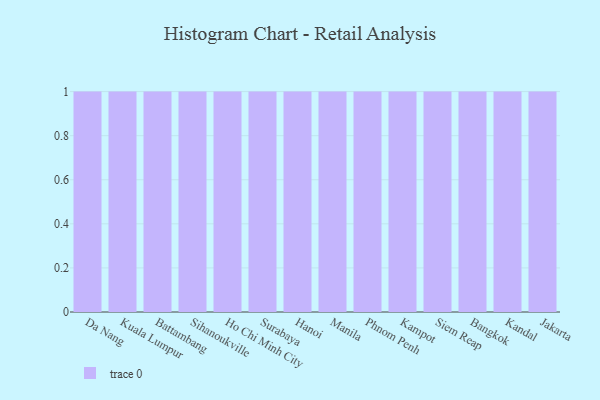
{"axis": {"x": "City", "y": "Operating Costs (USD K)"}, "legend": [""], "data": [{"x": "Da Nang", "y": 30, "type": ""}, {"x": "Kuala Lumpur", "y": 33, "type": ""}, {"x": "Battambang", "y": 34, "type": ""}, {"x": "Sihanoukville", "y": 36, "type": ""}, {"x": "Ho Chi Minh City", "y": 87, "type": ""}, {"x": "Surabaya", "y": 94, "type": ""}, {"x": "Hanoi", "y": 26, "type": ""}, {"x": "Manila", "y": 13, "type": ""}, {"x": "Phnom Penh", "y": 21, "type": ""}, {"x": "Kampot", "y": 10, "type": ""}, {"x": "Siem Reap", "y": 42, "type": ""}, {"x": "Bangkok", "y": 99, "type": ""}, {"x": "Kandal", "y": 70, "type": ""}, {"x": "Jakarta", "y": 28, "type": ""}]}